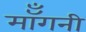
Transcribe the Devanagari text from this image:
मॉँगनी